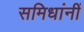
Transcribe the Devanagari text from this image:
समिधांनीं